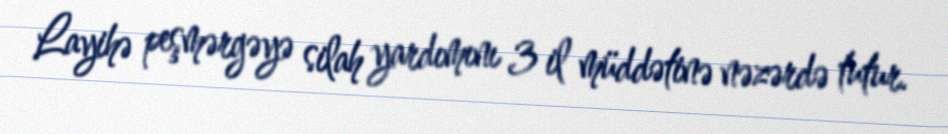
Layihə peşmərgəyə silah yardımını 3 il müddətinə nəzərdə tutur.